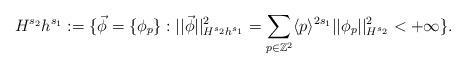
LaTeX: \begin{align*}H^{s_2}h^{s_1}:=\{\vec{\phi}=\{ \phi_{p} \} : ||\vec{\phi}||_{H^{s_2}h^{s_1}}^2=\sum\limits_{p \in \mathbb{Z}^2} \langle p \rangle^{2s_1}||\phi_p||_{H^{s_2}}^{2} < +\infty \}.\end{align*}